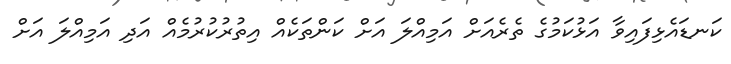
ކަނޑައެޅިފައިވާ އަޅުކަމުގެ ތެރެއަށް އަމިއްލަ އަށް ކަންތަކެއް އިތުރުކުރުމެއް އަދި އަމިއްލަ އަށް